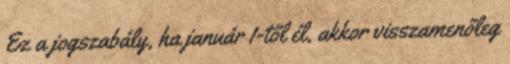
Ez a jogszabály, ha január 1-től él, akkor visszamenőleg